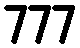
777